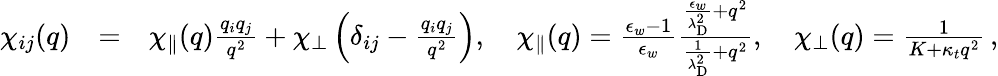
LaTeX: \begin{array}{rlr}{\chi_{ij}(q)}&{=}&{\chi_{\parallel}(q)\frac{q_{i}q_{j}}{q^{2}}+\chi_{\perp}\left(\delta_{ij}-\frac{q_{i}q_{j}}{q^{2}}\right),\quad\chi_{\parallel}(q)=\frac{\epsilon_{w}-1}{\epsilon_{w}}\frac{\frac{\epsilon_{w}}{\lambda_{\mathrm{D}}^{2}}+q^{2}}{\frac{1}{\lambda_{\mathrm{D}}^{2}}+q^{2}},\quad\chi_{\perp}(q)=\frac{1}{K+\kappa_{t}q^{2}}\, ,}\end{array}